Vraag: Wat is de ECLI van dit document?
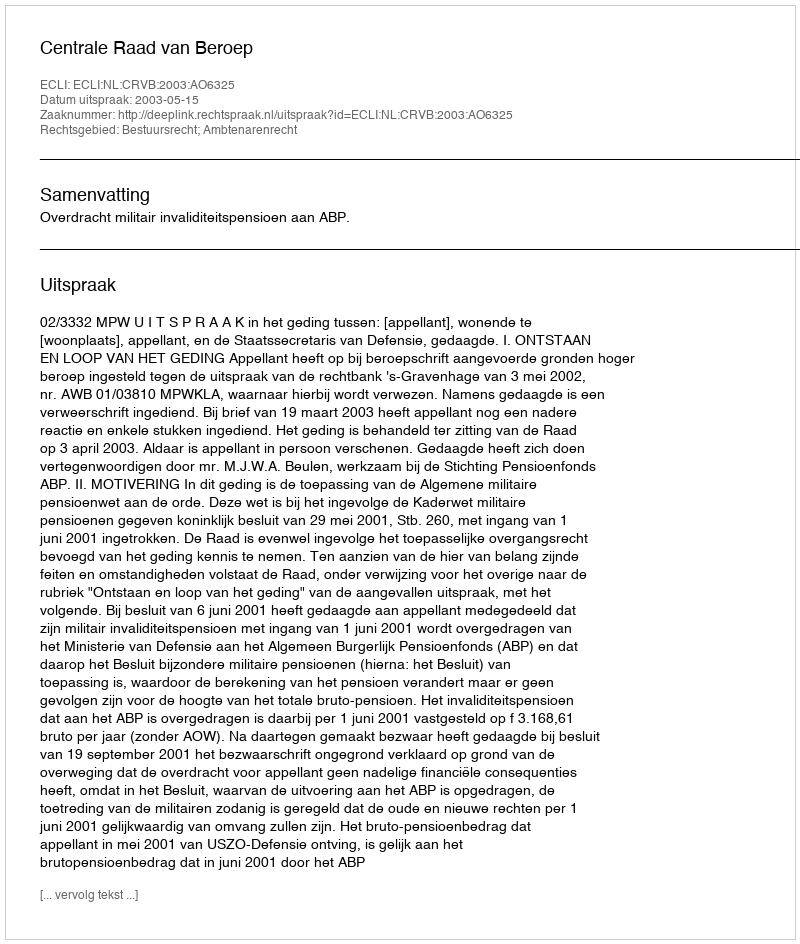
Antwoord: ECLI:NL:CRVB:2003:AO6325